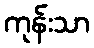
ကုန်းသာ